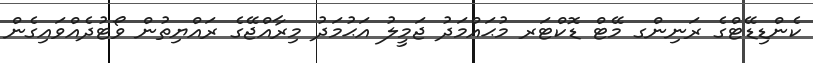
ކެންޑިޑޭޓްގެ ރަނިންގ މޭޓް ޑޮކްޓަރ މުޙައްމަދު ޖަމީލު އަޙުމަދު މިރާއްޖޭގެ ރައްޔިތުން ވޯޓުދެއްވައިގެން